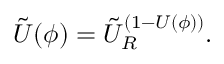
\tilde { U } ( \phi ) = \tilde { U } _ { R } ^ { ( 1 - U ( \phi ) ) } .